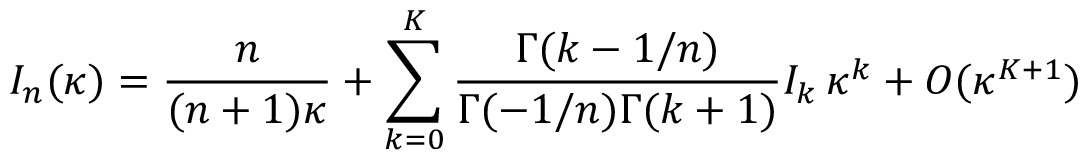
{ \cal I } _ { n } ( \kappa ) = { \frac { n } { ( n + 1 ) \kappa } } + \sum _ { k = 0 } ^ { K } { \frac { \Gamma ( k - 1 / n ) } { \Gamma ( - 1 / n ) \Gamma ( k + 1 ) } } I _ { k } \, \kappa ^ { k } + { \cal O } ( \kappa ^ { K + 1 } )